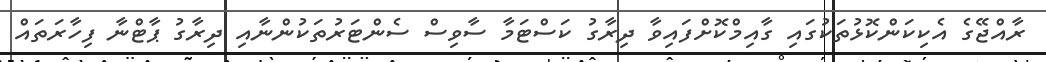
ރާއްޖޭގެ އެކިކަންކޮޅުތަކުގައި ގާއިމްކޮށްފައިވާ ދިރާގު ކަސްޓަމާ ސާވިސް ސެންޓަރުތަކުންނާއި ދިރާގު ޕާޓްނާ ފިހާރަތައް